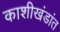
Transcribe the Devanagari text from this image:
काशीखंडांत